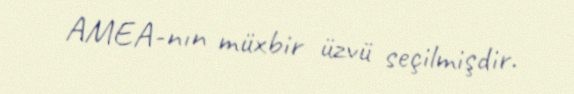
AMEA-nın müxbir üzvü seçilmişdir.